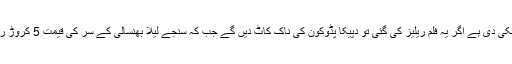
ہندو انتہا پسندوں نے دھمکی دی ہے اگر یہ فلم ریلیز کی گئی تو دپیکا پڈوکون کی ناک کاٹ دیں گے جب کہ سنجے لیلا بھنسالی کے سر کی قیمت 5 کروڑ روپے مقرر کی گئی ہے ۔